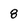
Character: 8